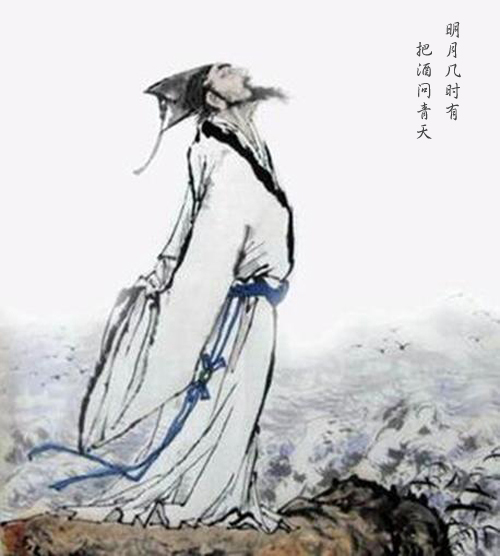
明月几时有？把酒问青天。